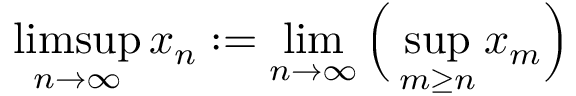
\operatorname* { l i m s u p } _ { n \to \infty } x _ { n } : = \operatorname* { l i m } _ { n \to \infty } { \Big ( } \operatorname* { s u p } _ { m \geq n } x _ { m } { \Big ) }